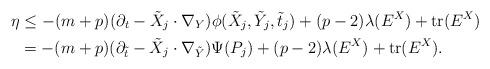
LaTeX: \begin{align*} \eta &\leq -(m+p)(\partial_t - \tilde X_j\cdot \nabla_Y)\phi(\tilde X_j, \tilde Y_j, \tilde t_j) + (p-2)\lambda(E^X) + \textrm{tr}(E^X) \\ &= -(m+p)(\partial_{\tilde t} - \tilde X_j\cdot \nabla_{\tilde Y})\Psi(P_j) + (p-2)\lambda(E^X) + \textrm{tr}(E^X).\end{align*}